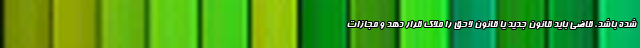
شده باشد، قاضی باید قانون جدید یا قانون لاحق را ملاک قرار دهد و مجازات